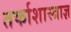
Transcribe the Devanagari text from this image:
तर्काशास्त्राज्ञ